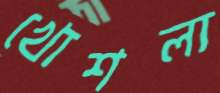
খোশলা